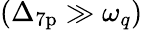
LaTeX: (\Delta_{\mathrm{7p}}\gg\omega_{q})